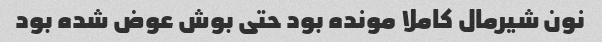
نون شیرمال کاملا مونده بود حتی بوش عوض شده بود